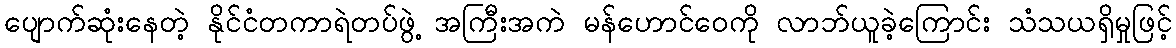
ပျောက်ဆုံးနေတဲ့ နိုင်ငံတကာရဲတပ်ဖွဲ့ အကြီးအကဲ မန်ဟောင်ဝေကို လာဘ်ယူခဲ့ကြောင်း သံသယရှိမှုဖြင့်